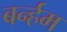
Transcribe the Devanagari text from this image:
बर्न्हम